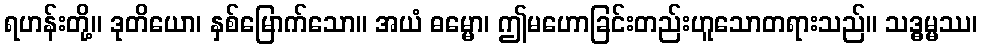
ရဟန်းတို့။ ဒုတိယော၊ နှစ်မြောက်သော။ အယံ ဓမ္မော၊ ဤမဟောခြင်းတည်းဟူသောတရားသည်။ သဒ္ဓမ္မဿ၊